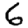
Digit: 6